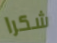
شكرا